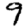
Digit: 9